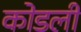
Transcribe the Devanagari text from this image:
कोडली